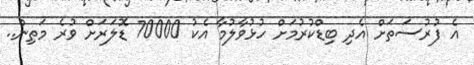
އެ ފުރުސަތަށް އެދި ބިޑްކުރުމަށް ހުޅުވާލުމާ އެކު 70000 ޑޮލަރަށް ވުރެ މަތިން..